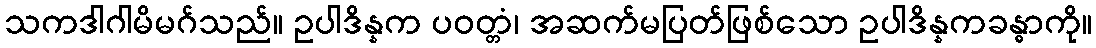
သကဒါဂါမိမဂ်သည်။ ဥပါဒိန္နက ပဝတ္တံ၊ အဆက်မပြတ်ဖြစ်သော ဥပါဒိန္နကခန္ဓာကို။